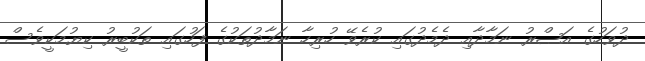
ދުވަހުގެ އަޞްރު ނަމާދާއި ދެމެދުގައި ކުރެވޭ ހުރިހާ ނަމާދުތަކުގެ ފަހުގައި ތަކުބީރު ކިޔުމަކީވެސް